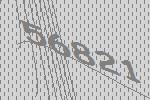
56821